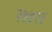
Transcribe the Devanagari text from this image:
२७७२४